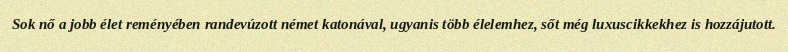
Sok nő a jobb élet reményében randevúzott német katonával, ugyanis több élelemhez, sőt még luxuscikkekhez is hozzájutott.